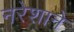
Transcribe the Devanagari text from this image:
नरेशाने